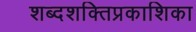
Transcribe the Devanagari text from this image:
शब्दशक्तिप्रकाशिका